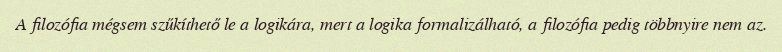
A filozófia mégsem szűkíthető le a logikára, mert a logika formalizálható, a filozófia pedig többnyire nem az.